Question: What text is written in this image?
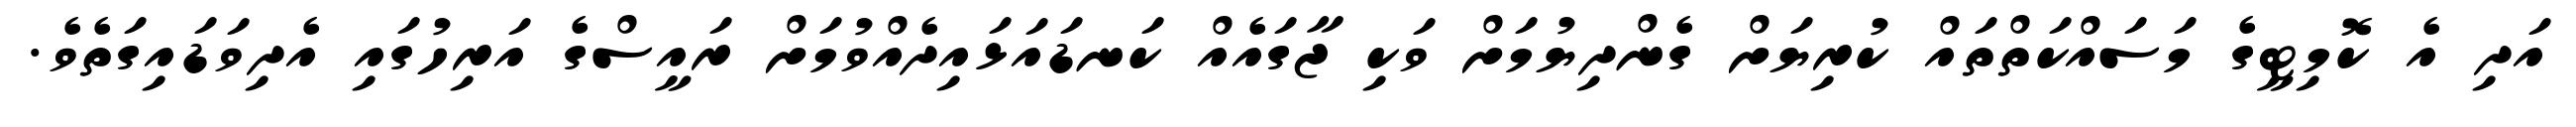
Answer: އަދި އެ ކޮމިޓީގެ މަސައްކަތްތައް ކުރިޔަށް ގެންދިޔުމަށް ވަކި ޖާގައެއް ކަނޑައަޅައިދެއްވުމަށް ރައީސްގެ އަރިހުގައި އެދިވަޑައިގަތެވެ.